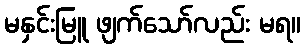
မနှင်းမြူ ဖျက်သော်လည်း မရ။